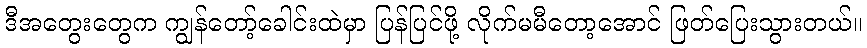
ဒီအတွေးတွေက ကျွန်တော့်ခေါင်းထဲမှာ ပြန်ပြင်ဖို့ လိုက်မမီတော့အောင် ဖြတ်ပြေးသွားတယ်။